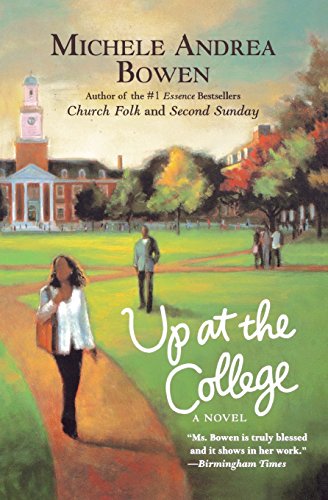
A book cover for Up at the College; Michele Andrea Bowen; Literature & Fiction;